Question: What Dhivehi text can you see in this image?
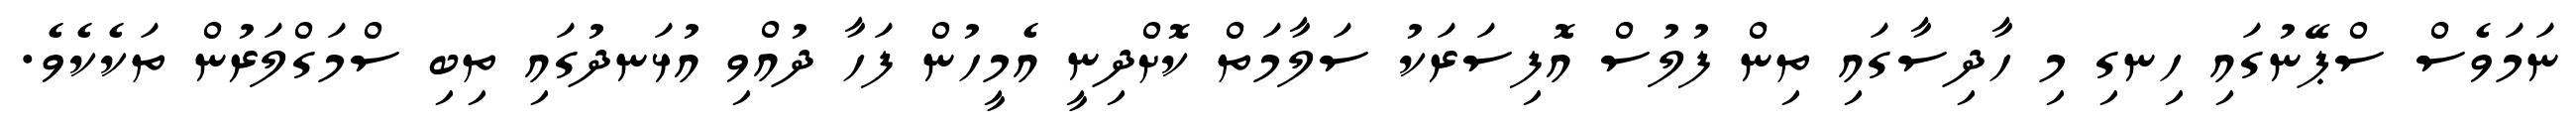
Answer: ނަމަވެސް ސްޕޭނުގައި ހިނގި މި ހާދިސާގައި ތިން ފުލުސް އޮފިސަރަކު ސަލާމަތް ކޮށްދިނީ އެމީހުން ފަހާ ދުއްވި އުޅަނދުގައި ތިބި ސްމަގްލަރުން ތަކެކެވެ.